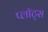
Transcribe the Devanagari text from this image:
प्लॉट्स